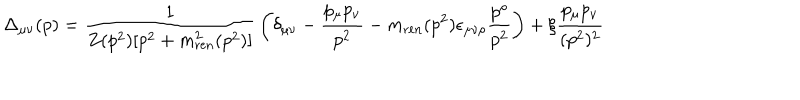
LaTeX: \Delta _ { \mu \nu } ( p ) = { \frac { 1 } { Z ( p ^ { 2 } ) [ p ^ { 2 } + m _ { \mathrm { r e n } } ^ { 2 } ( p ^ { 2 } ) ] } } \left( \delta _ { \mu \nu } - { \frac { p _ { \mu } p _ { \nu } } { p ^ { 2 } } } - m _ { \mathrm { r e n } } ( p ^ { 2 } ) \epsilon _ { \mu \nu \rho } { \frac { p ^ { \rho } } { p ^ { 2 } } } \right) + \xi { \frac { p _ { \mu } p _ { \nu } } { ( p ^ { 2 } ) ^ { 2 } } }